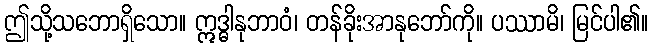
ဤသို့သဘောရှိသော။ ဣဒ္ဓါနုဘာဝံ၊ တန်ခိုးအာနုဘော်ကို။ ပဿာမိ၊ မြင်ပါ၏။